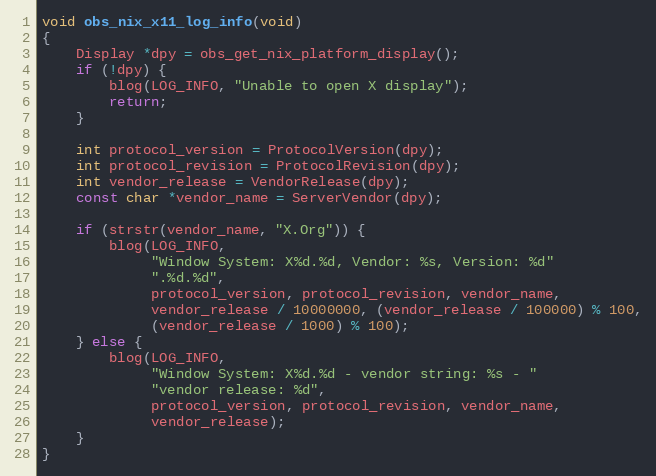
Language: C
void obs_nix_x11_log_info(void)
{
	Display *dpy = obs_get_nix_platform_display();
	if (!dpy) {
		blog(LOG_INFO, "Unable to open X display");
		return;
	}

	int protocol_version = ProtocolVersion(dpy);
	int protocol_revision = ProtocolRevision(dpy);
	int vendor_release = VendorRelease(dpy);
	const char *vendor_name = ServerVendor(dpy);

	if (strstr(vendor_name, "X.Org")) {
		blog(LOG_INFO,
		     "Window System: X%d.%d, Vendor: %s, Version: %d"
		     ".%d.%d",
		     protocol_version, protocol_revision, vendor_name,
		     vendor_release / 10000000, (vendor_release / 100000) % 100,
		     (vendor_release / 1000) % 100);
	} else {
		blog(LOG_INFO,
		     "Window System: X%d.%d - vendor string: %s - "
		     "vendor release: %d",
		     protocol_version, protocol_revision, vendor_name,
		     vendor_release);
	}
}